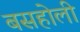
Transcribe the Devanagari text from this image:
बसहोली